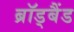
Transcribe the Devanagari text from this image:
ब्रॉड्बैंड